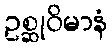
ဥစ္ဆုဝိမာနံ